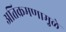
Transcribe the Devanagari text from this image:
अतिक्रमणामु़ळे